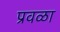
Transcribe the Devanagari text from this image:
प्रवळा